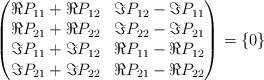
LaTeX: \begin{align*} \begin{pmatrix} \Re P_{11}+ \Re P_{12} & \Im P_{12} - \Im P_{11} \\ \Re P_{21}+ \Re P_{22} & \Im P_{22} - \Im P_{21} \\ \Im P_{11}+ \Im P_{12} & \Re P_{11}- \Re P_{12} \\ \Im P_{21}+ \Im P_{22} & \Re P_{21}- \Re P_{22} \end{pmatrix} = \{0\}\end{align*}